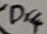
Text: Dr4